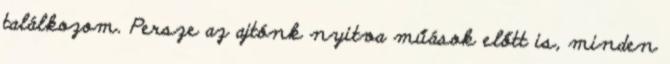
találkozom. Persze az ajtónk nyitva műások előtt is, minden